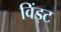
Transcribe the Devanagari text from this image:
विंड्ट